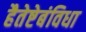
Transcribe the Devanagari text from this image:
हैतेष्टेबंविधा